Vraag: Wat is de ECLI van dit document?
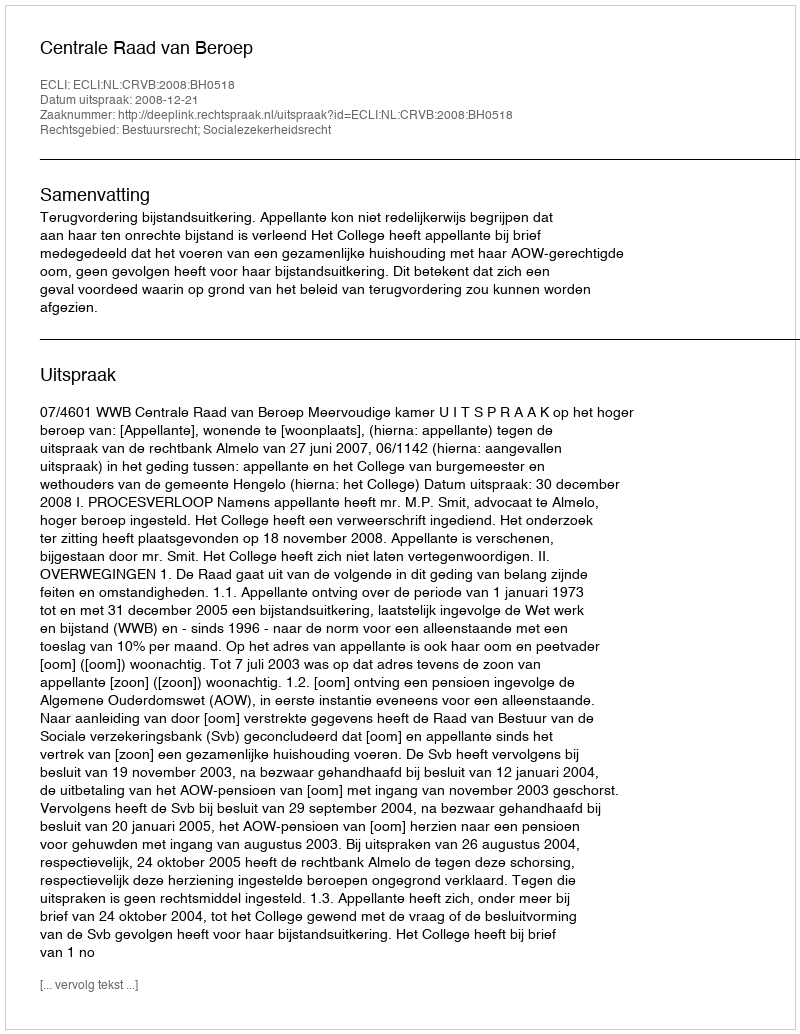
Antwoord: ECLI:NL:CRVB:2008:BH0518